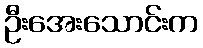
ဦးအေးသောင်းက